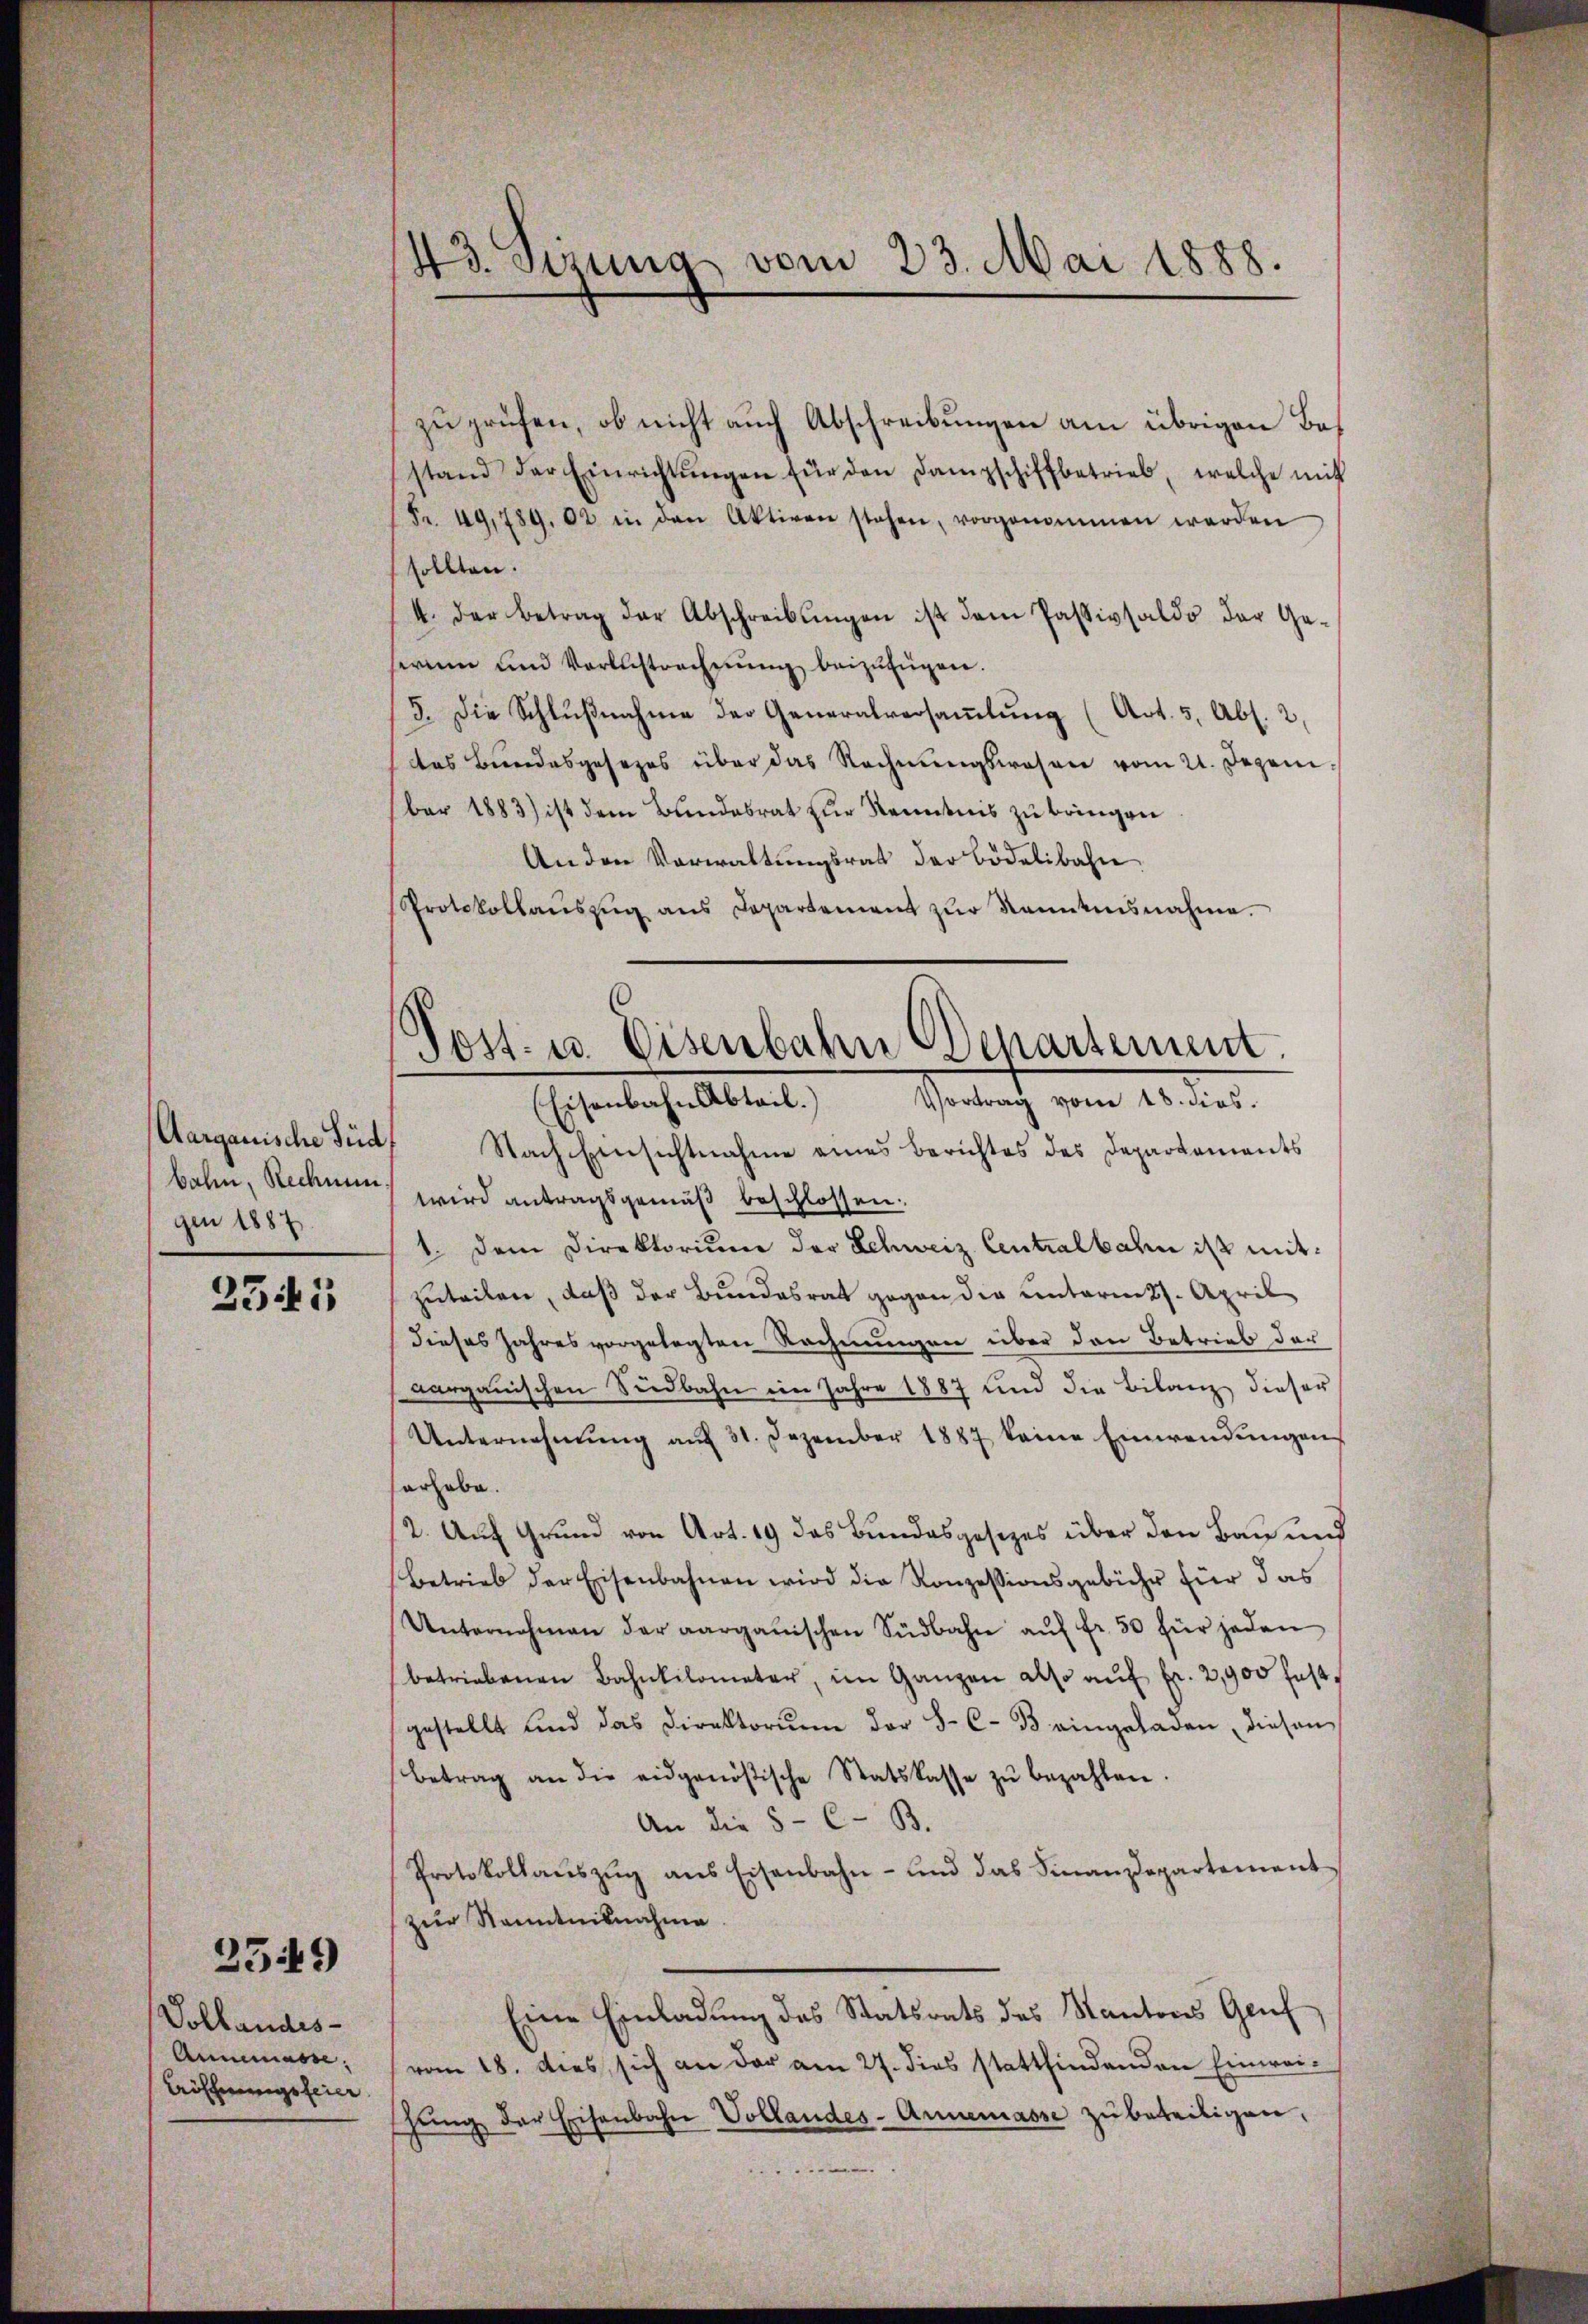
Aargauische Seid
bahn, Rechnun
gen 1887.

2341

Vollandes¬
Annmasse,
Eröffnungsfeier

2549)

43. Sirung vom 23. Mai 1888.

zu prüfen, ob nicht auch Abschreibungen am übrigen Bestand der Einrichtŭngen für den Dampschiffbetrieb, welche mit
(Fr. 49,789. 02 in den Aktiven stehen, vorgenommen werden
sollten.
4. Der Betrag der Abschreibŭngen ist dem Passivsaldo der Geherum und Verlustrechnŭng beizufügen.
3. Die Schlußnahme der Generalversammlung (Art. 5, Abs. 2,
das Bundesgesezes über das Rechnŭngswesen vom 21. Dezem
(ber 1883) ist dem Bundesrat zur Kenntnis zu bringen
An den Verwaltŭngsrat der Bödelibahn
Protokollaŭszŭg ans Departement zŭr Kenntnisnahme.

Post- u. Eisenbahn Departement
Getrach vom 10. der
(Eisenbahn Abteil.)

Nach Einsichtnahme eines Berichtes des Departements
wird antragsgemäß beschlossen.
1. Dem Direktorium der Schweiz Centralbahn ist mitzuteilen, daß der Bundesrat gegen die unterm 27. April
dieses Jahres vorgelegten Rechnungen über den Betrieb der
Aargauischen Südbahn im Jahre 1887 und die Bilanz dieser
Unternehmung aŭf 31. Dezember 1887 keine Einwendŭngen
erhabe.
(2. Auf Grund von Art. 19 das Bundesgesezes über den Bau und
Betrieb der Eisenbahnen wird die Konzessionsgebühr für das
Unternehmen der aargauischen Südbahn aŭf fr. 50 für jeden
betriebenen Bahnhilometer, im Ganzen also auf fr. 2,900 festgestellt und das Direktorium der S. C. 33 eingeladen, diesen
Betrag an die eidgenößische Statskasse zŭ bezahlen.
An die 5 - C- B.
Protokollaŭszŭg ans Eisenbahn- und das Finanzdepartement-
zur Kenntnisnahme.
Eine Einladung des Statsrats des Kantons Genf
vom 18. dies, sich an der am 27. dies stattfindenden Einweihŭng der Eisenbahn Vollandes-Annemasse zu beteiligen,